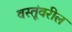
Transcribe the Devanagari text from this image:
वस्तूंवरील